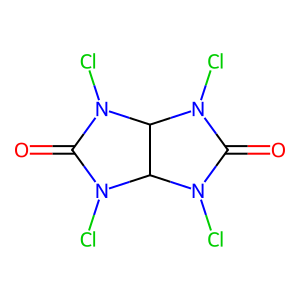
SMILES: O=C1N(Cl)C2C(N1Cl)N(Cl)C(=O)N2Cl
Inhibits HIV replication: No